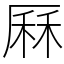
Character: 厤